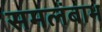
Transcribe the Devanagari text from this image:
समलंबाभ